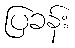
ပြခန်း